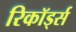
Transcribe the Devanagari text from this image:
रिकॉर्ड्स